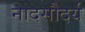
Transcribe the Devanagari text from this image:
नादसौदर्य